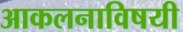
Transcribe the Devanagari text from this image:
आकलनाविषयी